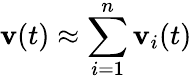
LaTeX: \textbf{v}(t)\approx\sum_{i=1}^{n}{\textbf{v}_{i}(t)}